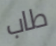
طاب